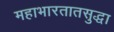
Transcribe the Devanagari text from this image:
महाभारतातसुद्धा